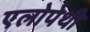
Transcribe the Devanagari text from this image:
एलोपेथी